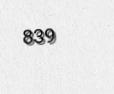
839